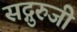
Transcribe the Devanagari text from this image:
सद्गुरुजी